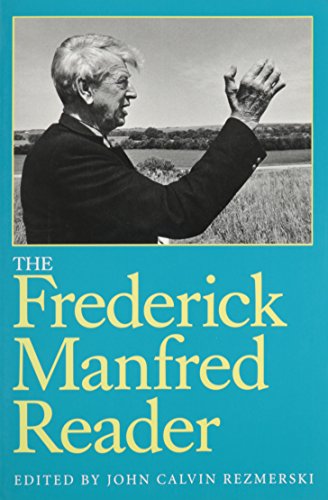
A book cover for The Frederick Manfred Reader; Frederick Manfred; Literature & Fiction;